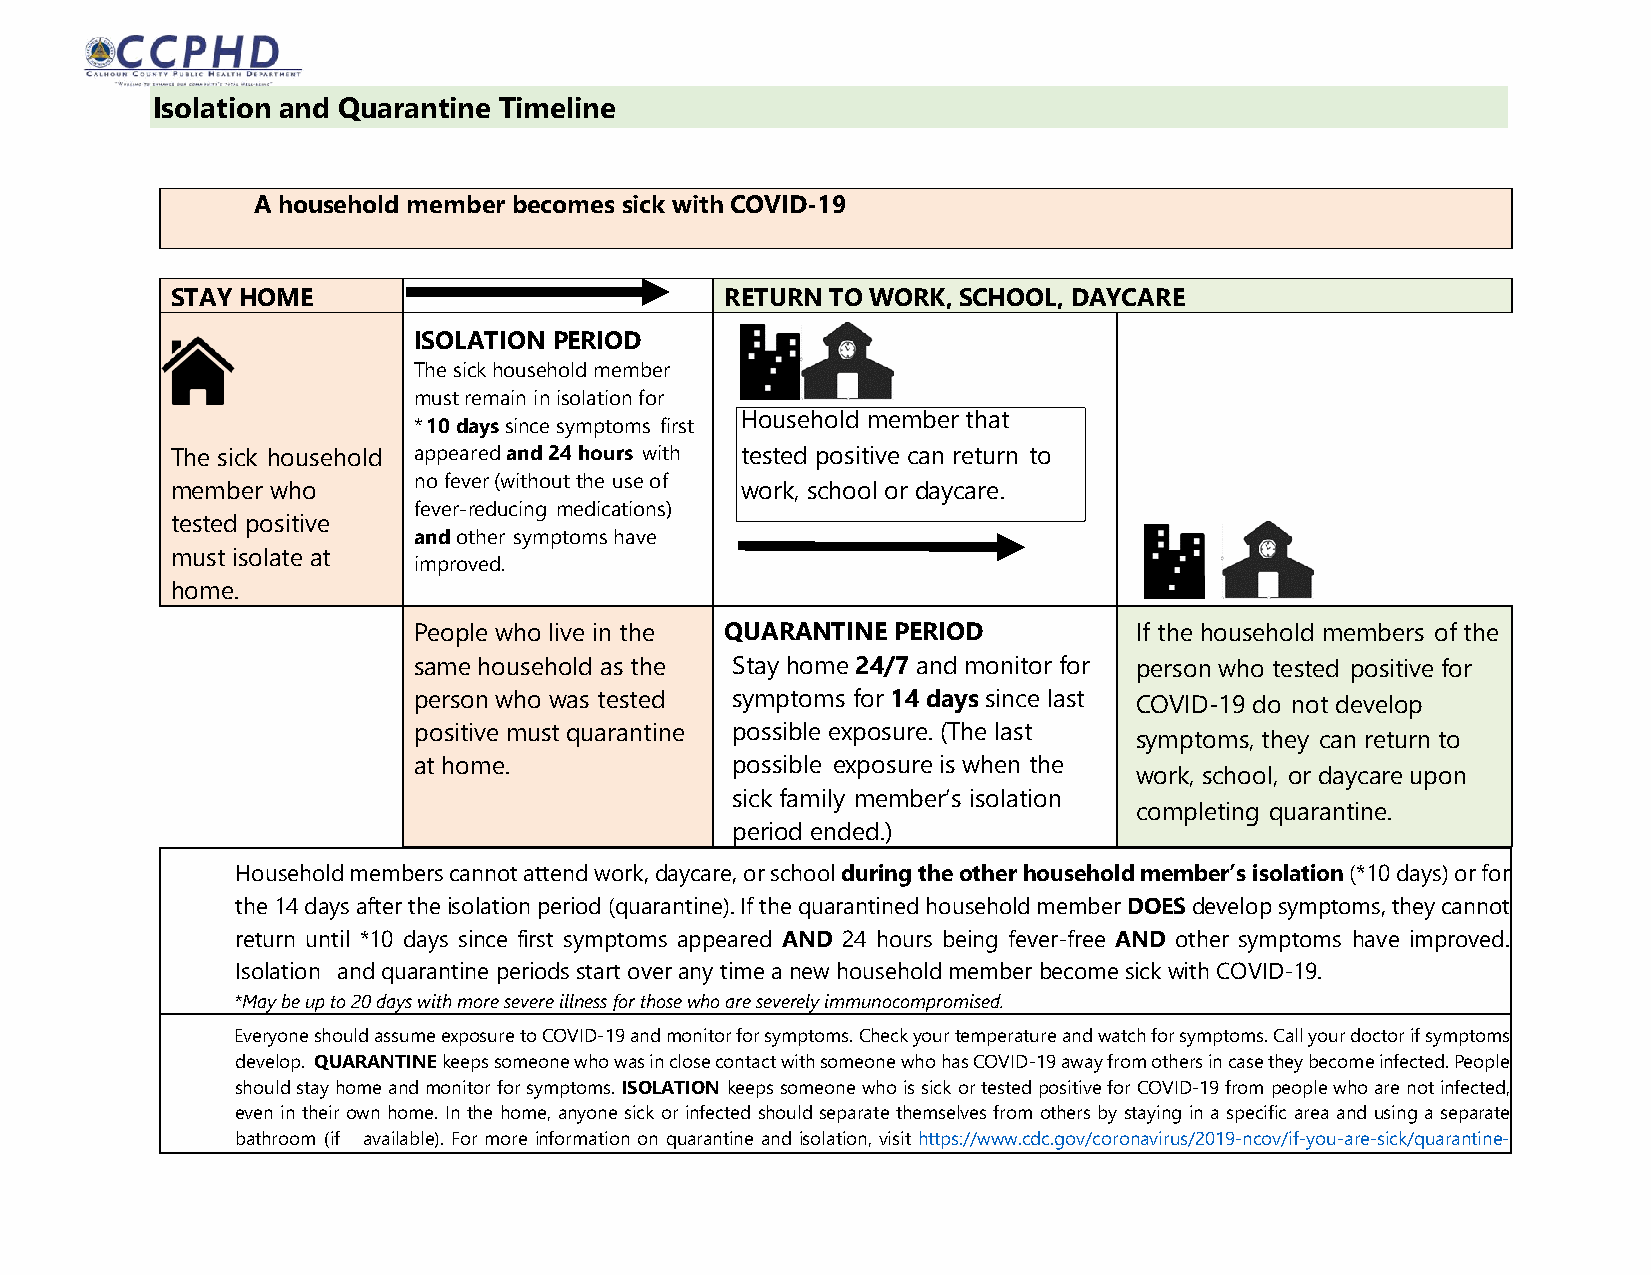
Isolation and Quarantine Timeline
 A household member becomes sick with COVID-19
 STAY HOME                            RETURN TO WORK, SCHOOL, DAYCARE
 ISOLATION PERIOD
 The sick household member
 must remain in isolation for
 *10 days since symptoms first
 Household member that
 The sick household appeared and 24 hours with tested positive can return to
 no fever (without the use of
 member who                            work, school or daycare.
 fever-reducing medications)
 tested positive
 and other symptoms have
 must isolate at
 improved.
 home.
 People who live in the QUARANTINE PERIOD        If the household members of the
 same household as the Stay home 24/7 and monitor for person who tested positive for
 person who was tested symptoms for 14 days since last COVID-19 do not develop
 positive must quarantine possible exposure. (The last
 symptoms, they can return to
 at home.             possible exposure is when the
 work, school, or daycare upon
 sick family member’s isolation
 completing quarantine.
 period ended.)
 Household members cannot attend work, daycare, or school during the other household member’s isolation (*10 days) or for
 the 14 days after the isolation period (quarantine). If the quarantined household member DOES develop symptoms, they cannot
 return until *10 days since first symptoms appeared AND 24 hours being fever-free AND other symptoms have improved.
 Isolation and quarantine periods start over any time a new household member become sick with COVID-19.
 *May be up to 20 days with more severe illness for those who are severely immunocompromised.
 Everyone should assume exposure to COVID-19 and monitor for symptoms. Check your temperature and watch for symptoms. Call your doctor if symptoms
 develop. QUARANTINE keeps someone who was in close contact with someone who has COVID-19 away from others in case they become infected. People
 should stay home and monitor for symptoms. ISOLATION keeps someone who is sick or tested positive for COVID-19 from people who are not infected,
 even in their own home. In the home, anyone sick or infected should separate themselves from others by staying in a specific area and using a separate
 bathroom (if available). For more information on quarantine and isolation, visit https://www.cdc.gov/coronavirus/2019-ncov/if-you-are-sick/quarantine-
 isolation.html.